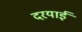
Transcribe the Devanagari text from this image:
दरयाई